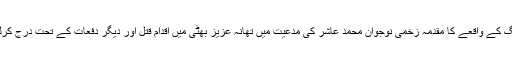
فائرنگ کے واقعے کا مقدمہ زخمی نوجوان محمد عاشر کی مدعیت میں تھانہ عزیز بھٹی میں اقدام قتل اور دیگر دفعات کے تحت درج کرلیا گیا۔